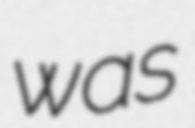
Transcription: was